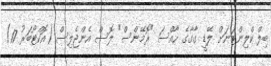
ބިލް ކްލިންޓަނަށް ލޭޑީ ގާގާގެ ހާއްސަ "ރޮމޭންސް" ލޮސް އެންޖެލިސް (އޮކްޓޯބަރު 17)